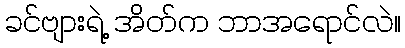
ခင်ဗျားရဲ့ အိတ်က ဘာအရောင်လဲ။